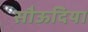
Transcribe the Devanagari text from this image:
सौऊदिया